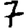
Digit: 7